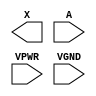
module sky130_fd_sc_hs__bufbuf (
    X   ,
    A   ,
    VPWR,
    VGND
);

    output X   ;
    input  A   ;
    input  VPWR;
    input  VGND;
endmodule